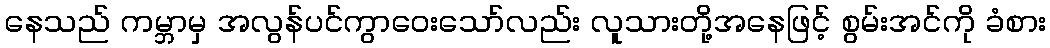
နေသည် ကမ္ဘာမှ အလွန်ပင်ကွာဝေးသော်လည်း လူသားတို့အနေဖြင့် စွမ်းအင်ကို ခံစား